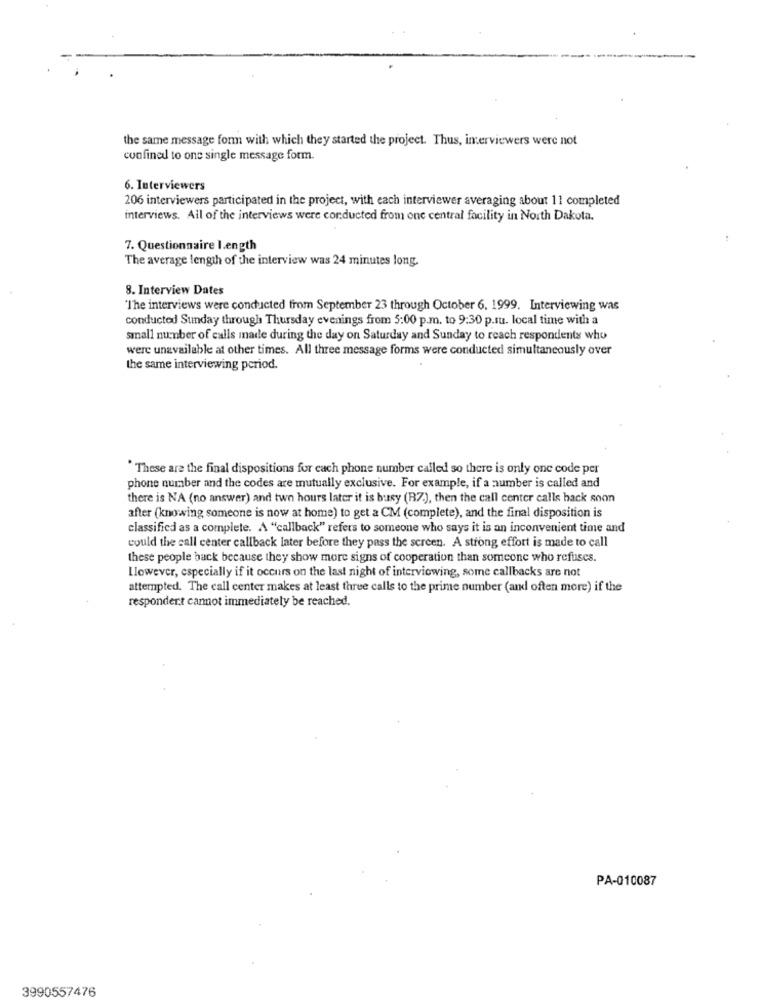
the same message form with which they started the project. Thus, interviewers were not
confined to one single message form.
6. Interviewers
206 interviewers participated in the project, with each interviewer averaging about 11 completed
interviews. All of the interviews were conducted from one central facility in North Dakota.
7. Questionnaire length
The average length of the interview was 24 minutes long.
8. Interview Dates
"The interviews were conducted from September 23 through October 6. 1999. Interviewing was
conducted Sunday through Thursday evenings from 5:00 p.m. to 9:30 p.su. local time with a
small number of calls made during the day on Saturday and Sunday to reach respondents who
were unavailable at other times. All three message forms were conducted simultaneously over
the same interviewing period.
"These are the final dispositions for cach phone number called so there is only one code per
phone number and the codes are mutually exclusive. For example, if a number is called and
there is NA (no answer) and two hours later it is busy (R7.), then the call center calls back soon
after (knowing someone is now at home) to get a CM (complete), and the final disposition is
classified as a complete. A "callback" refers to someone who says it is an inconvenient time and
could the call center callback later before they pass the screen. A strong effort is made to call
these people back because they show more signs of cooperation than someone who refuses.
Llowever, especially if it occurs on the last night of interviewing, some callbacks are not
attempted. The call center makes at least three calls to the prime number (and often more) if the
respondent cannot immediately be reached.
PA-010087
3990557476